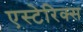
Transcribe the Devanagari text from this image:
एस्टेरिक्स